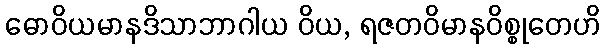
ဓောဝိယမာနဒိသာဘာဂါယ ဝိယ, ရဇတဝိမာနဝိစ္စုတေဟိ